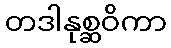
တဒါနုစ္ဆဝိကာ